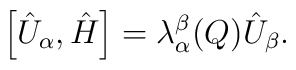
\left[\hat U_\alpha,\hat H\right]=\lambda^\beta_\alpha(Q)\hat U_\beta.